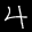
Label: 4